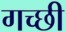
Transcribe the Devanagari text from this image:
गच्छी